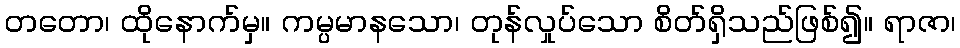
တတော၊ ထိုနောက်မှ။ ကမ္ပမာနသော၊ တုန်လှုပ်သော စိတ်ရှိသည်ဖြစ်၍။ ရာဇာ၊